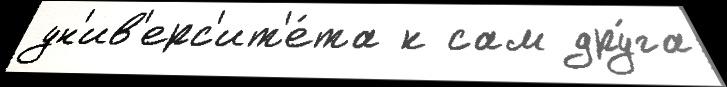
ун'ив'ерс'ит'е́та к сам дру́га